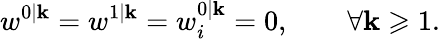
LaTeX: w^{0|\mathbf{k}}=w^{1|\mathbf{k}}=w_{i}^{0|\mathbf{k}}=0,\qquad\forall\mathbf{k}\geqslant1.